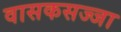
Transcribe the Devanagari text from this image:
वासकसज्जा